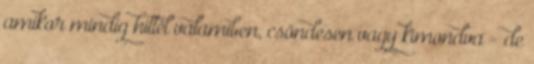
amikor mindig hittél valamiben, csöndesen vagy kimondva - de